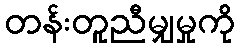
တန်းတူညီမျှမှုကို